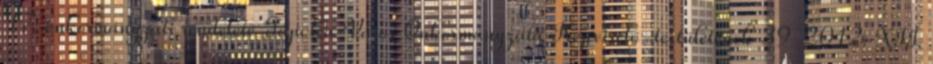
17. önkormányzati rendelete Tapolca Város Önkormányzata Képviselő-testületének 39 2012. XII.